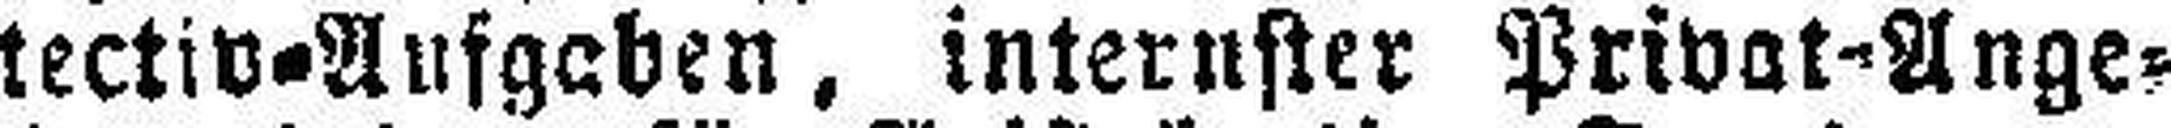
tectiv=Aufgeben, interuster Privat-Ange¬